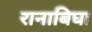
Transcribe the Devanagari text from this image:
रानाबिघा